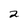
Character: 2